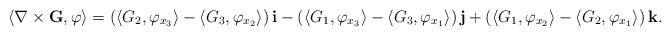
LaTeX: \begin{align*}\langle \nabla \times {\bf G},\varphi\rangle=\left(\langle G_2,\varphi_{x_3}\rangle-\langle G_3,\varphi_{x_2}\rangle\right){\bf i}-\left(\langle G_1,\varphi_{x_3}\rangle-\langle G_3,\varphi_{x_1}\rangle\right){\bf j}+\left(\langle G_1,\varphi_{x_2}\rangle-\langle G_2,\varphi_{x_1}\rangle\right){\bf k}.\end{align*}